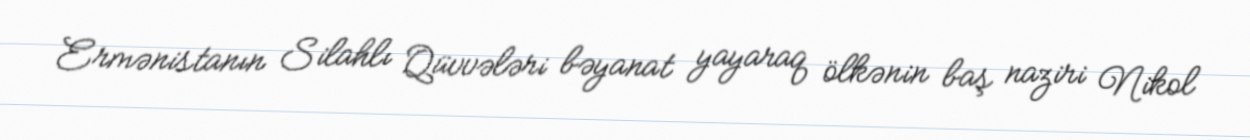
Ermənistanın Silahlı Qüvvələri bəyanat yayaraq ölkənin baş naziri Nikol